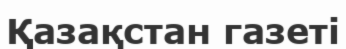
Қазақстан газеті